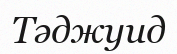
Тәджуид